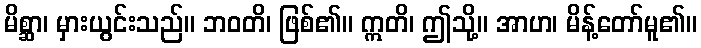
မိစ္ဆာ၊ မှားယွင်းသည်။ ဘဝတိ၊ ဖြစ်၏။ ဣတိ၊ ဤသို့။ အာဟ၊ မိန့်တော်မူ၏။